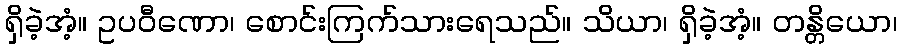
ရှိခဲ့အံ့။ ဥပဝီဏော၊ စောင်းကြက်သားရေသည်။ သိယာ၊ ရှိခဲ့အံ့။ တန္တိယော၊